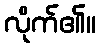
လိုက်၏။